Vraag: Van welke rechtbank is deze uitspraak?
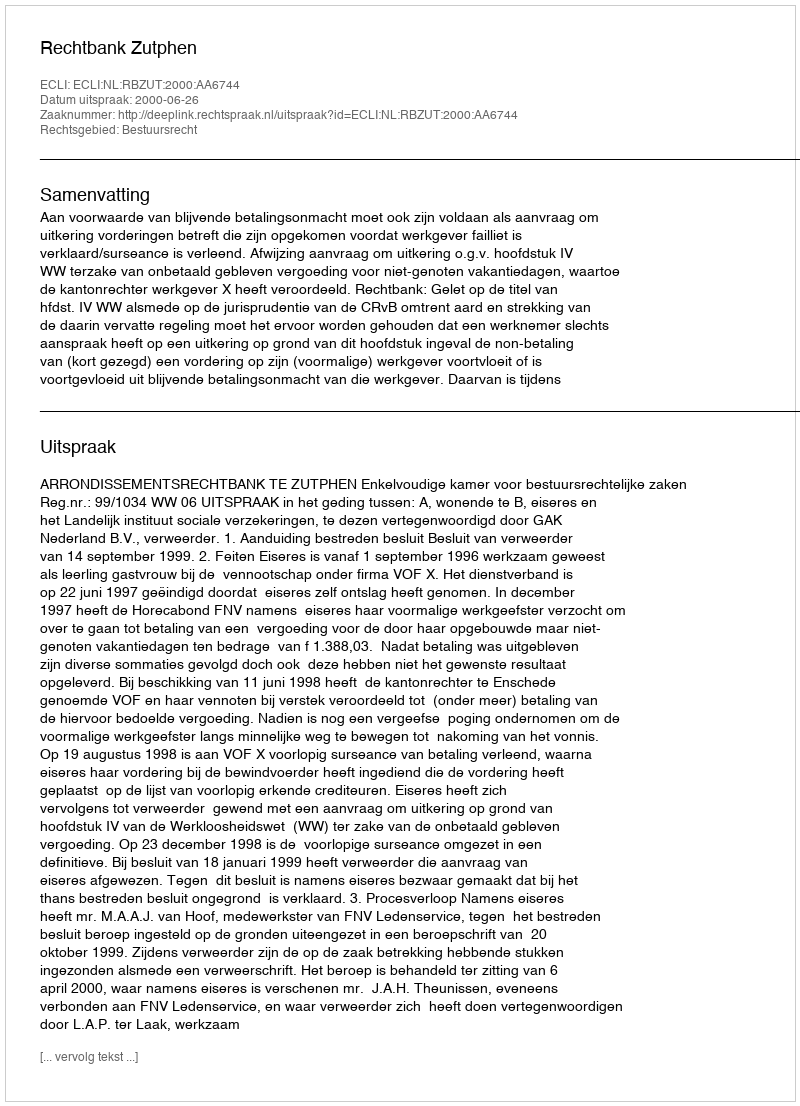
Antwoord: Rechtbank Zutphen